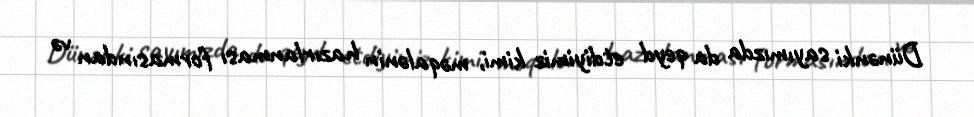
Dünənki sayımızda da qeyd etdiyimiz kimi, məqalənin hazırlanması formasından və